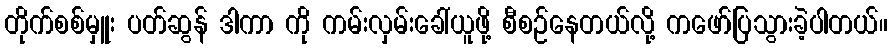
တိုက်စစ်မှူး ပတ်ဆွန် ဒါကာ ကို ကမ်းလှမ်းခေါ်ယူဖို့ စီစဉ်နေတယ်လို့ ကဖော်ပြသွားခဲ့ပါတယ်။